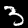
Digit: 3